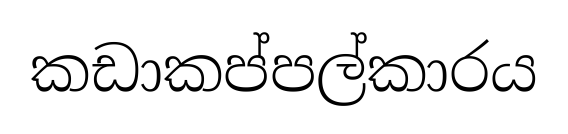
කඩාකප්පල්කාරය